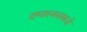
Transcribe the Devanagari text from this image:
दमास्कसकडे